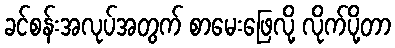
ခင်စန်းအလုပ်အတွက် စာမေးဖြေလို့ လိုက်ပို့တာ